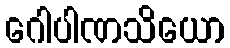
ဂေါပါဏသိယော